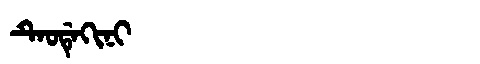
Manchu: ᡨᡝᠣᡩᡝᡴᡳᠨᡳ
Romanization: TEODEKINI